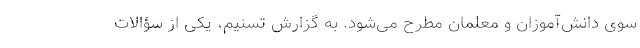
سوی دانش‌آموزان و معلمان مطرح می‌شود. به گزارش تسنیم، یکی از سؤالات